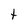
Character: t